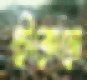
চৌকোনো